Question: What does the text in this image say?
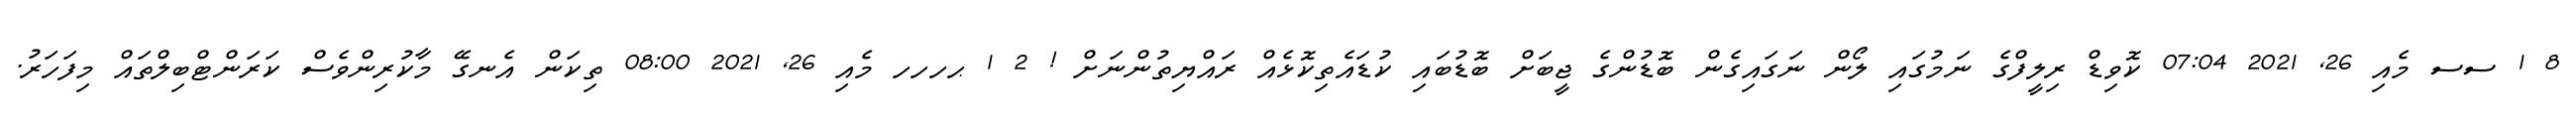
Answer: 8 1 ސސ މެއި 26, 2021 07:04 ކޮވިޑް ރިލީފްގެ ނަމުގައި ލޯން ނަގައިގެން ބޮޑުންގެ ޖީބަށް ބޮޑުބައި ކުޑައެތިކޮޅެއް ރައްޔިތުންނަށް ! 2 1 ޙހހހ މެއި 26, 2021 08:00 ތިކަން އެނގޭ މާކުރިންވެސް ކަރަންޓްބިލްތައް މިފަހަރު.